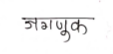
मजकूर: जगणुक